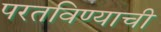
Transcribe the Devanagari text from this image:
परतविण्याची